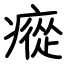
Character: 瘲